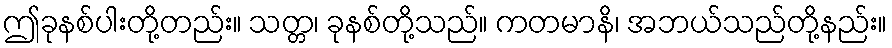
ဤခုနစ်ပါးတို့တည်း။ သတ္တ၊ ခုနစ်တို့သည်။ ကတမာနိ၊ အဘယ်သည်တို့နည်း။